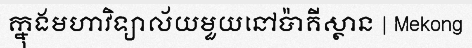
ក្នុងមហាវិទ្យាល័យមួយនៅប៉ាគីស្ថាន | Mekong